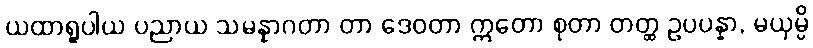
ယထာရူပါယ ပညာယ သမန္နာဂတာ တာ ဒေဝတာ ဣတော စုတာ တတ္ထ ဥပပန္နာ, မယှမ္ပိ